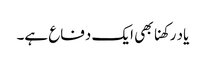
یاد رکھنا بھی ایک دفاع ہے۔